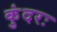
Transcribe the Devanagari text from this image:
कुंदरः